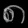
Digit: ၈